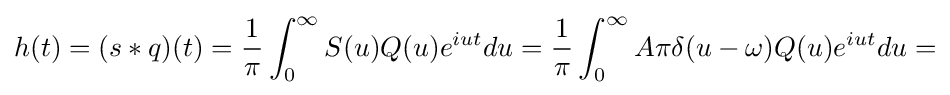
h(t)=(s*q)(t)={\frac {1}{\pi }}\int _{0}^{\infty }S(u)Q(u)e^{iut}du={\frac {1}{\pi }}\int _{0}^{\infty }A\pi \delta (u-\omega )Q(u)e^{iut}du=